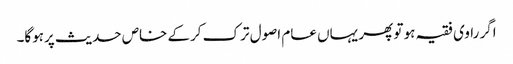
اگر راوی فقیہ ہو تو پھر یہاں عام اصول ترک کرکے خاص حدیث پرہوگا۔